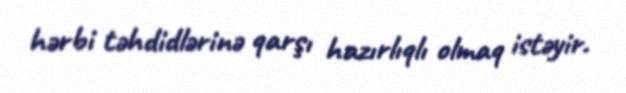
hərbi təhdidlərinə qarşı hazırlıqlı olmaq istəyir.